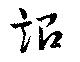
詔